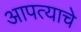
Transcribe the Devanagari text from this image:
आपत्याचे